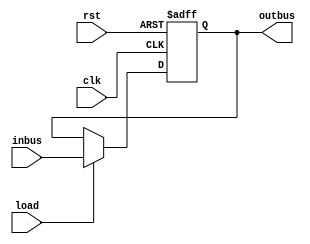
`timescale 1ns/1ns
module rgstr(input clk,rst,load,input [15:0]inbus,output reg [15:0]outbus);
always@(posedge clk,posedge rst) begin 
    if(rst) outbus <= 16'b0;
    else if(load) outbus <= inbus;
	 else outbus <= outbus;
  end
 endmodule